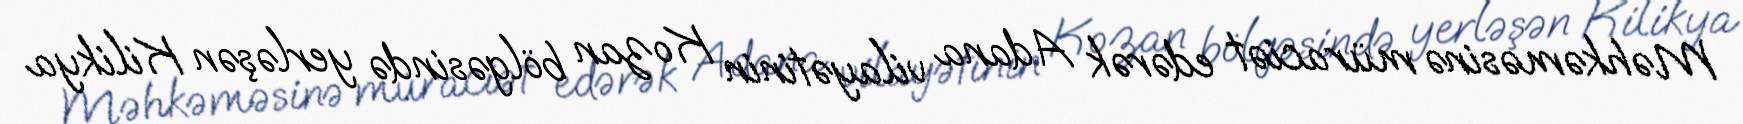
Məhkəməsinə müraciət edərək Adana vilayətinin Kozan bölgəsində yerləşən Kilikya